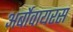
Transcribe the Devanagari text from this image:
अर्बोवायरस